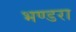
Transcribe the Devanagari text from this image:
भण्डरा